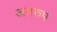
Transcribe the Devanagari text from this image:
अवरुप